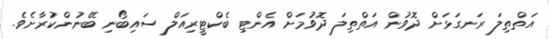
އަތްތިލަ ރަނގަޅަށް ދޮވުން އަތްތިލަ ދޮވުމަށް އެންޓި ބެކްޓީރިއަލް ސައިބޯނި ބޭނުންކުރާށެވެ.